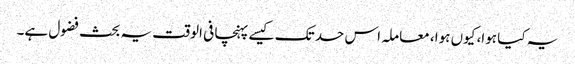
یہ کیا ہوا، کیوں ہوا، معاملہ اس حد تک کیسے پہنچا فی الوقت یہ بحث فضول ہے۔